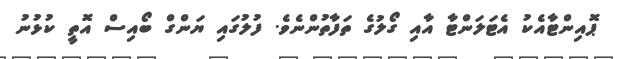
ޕޮއިންޓާއެކު އެޓަލަންޓާ އާއި ގޯލުގެ ތަފާތުންނެވެ. ފުލުގައި ޔަންގް ބޯއިސް އޮތީ ކުޅުނު